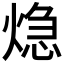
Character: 𤌀